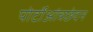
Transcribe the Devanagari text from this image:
पोर्टोआंत्रछेदन